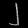
Digit: ၂